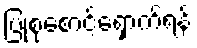
ပြုစုစောင့်ရှောက်ရန်